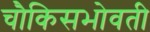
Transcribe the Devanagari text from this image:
चौकिसभोवती